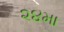
૨૪મા